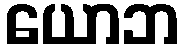
ယောဘ